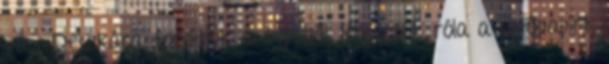
van. Deszkára fordítjuk a tepsiből, lehúzzuk róla a sütőpapírt,